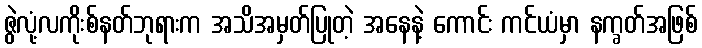
ဇွဲလုံ့လကိုးစ်နတ်ဘုရားက အသိအမှတ်ပြုတဲ့ အနေနဲ့ ကောင်း ကင်ယံမှာ နက္ခတ်အဖြစ်